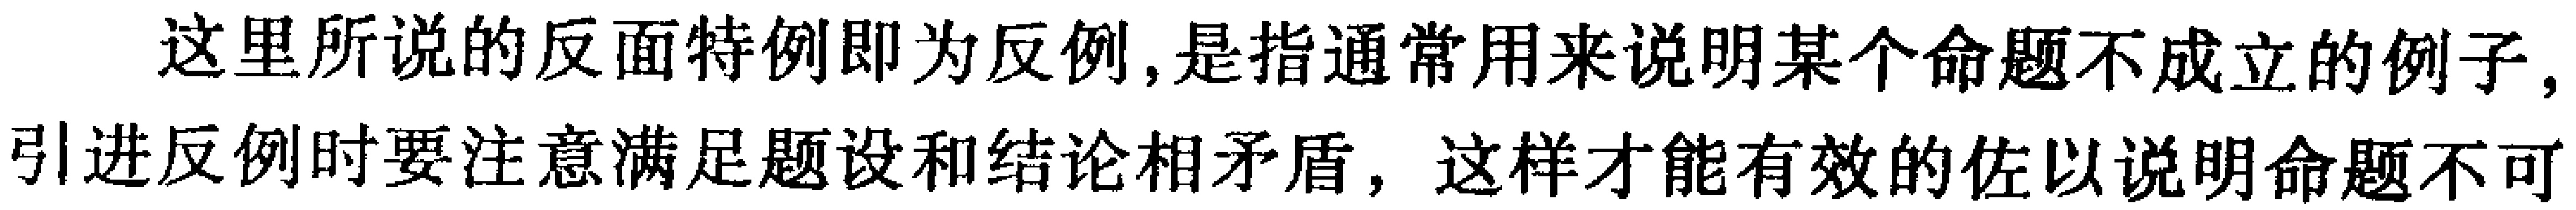
这里所说的反面特例即为反例,是指通常用来说明某个命题不成立的例子,引进反例时要注意满足题设和结论相矛盾，这样才能有效的佐以说明命题不可